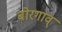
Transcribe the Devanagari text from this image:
बोरगाव्